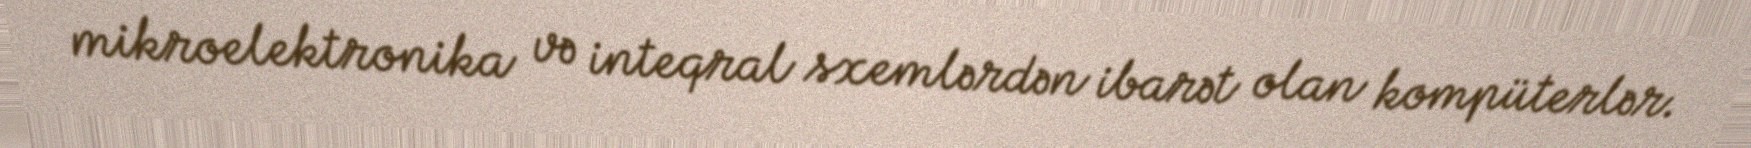
mikroelektronika və inteqral sxemlərdən ibarət olan kompüterlər.